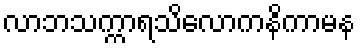
လာဘသက္ကာရသိလောကနိကာမန